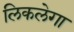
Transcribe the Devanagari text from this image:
लिकलेगा